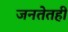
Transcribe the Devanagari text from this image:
जनतेतही